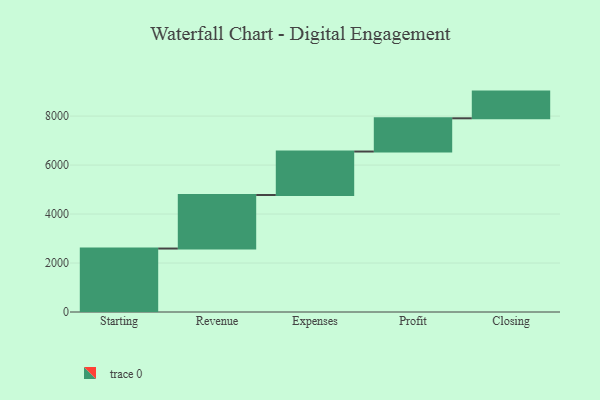
{"axis": {"x": "Step", "y": "Value"}, "legend": [""], "data": [{"x": "Starting", "y": 2591.0, "type": ""}, {"x": "Revenue", "y": 2186.0, "type": ""}, {"x": "Expenses", "y": 1775.0, "type": ""}, {"x": "Profit", "y": 1357.0, "type": ""}, {"x": "Closing", "y": 1090.0, "type": ""}]}